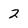
Character: 2